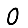
Digit: 0